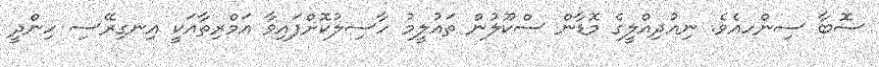
ސޮބާ ސިންހއެވެ. ނިއުދިއްލީގެ މޮޑާން ސްކޫލުން ތައުލީމު ހާސިލުކޮށްފައިވާ އަމްރިތާއަކީ އިނގިރޭސި ހިންދީ